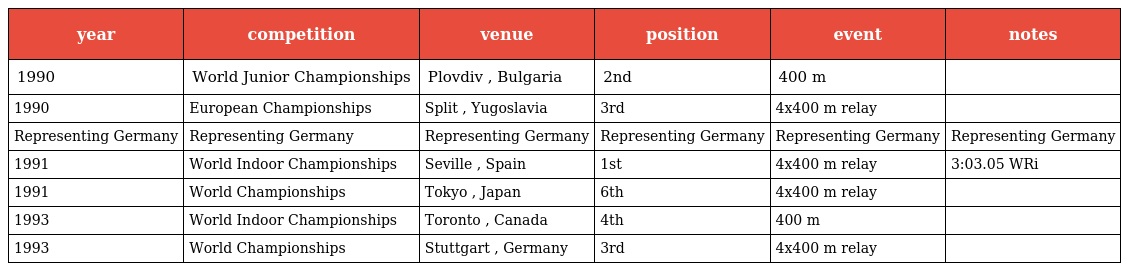
| year | competition | venue | position | event | notes |
 | --- | --- | --- | --- | --- | --- |
 | 1990 | World Junior Championships | Plovdiv , Bulgaria | 2nd | 400 m |  |
 | 1990 | European Championships | Split , Yugoslavia | 3rd | 4x400 m relay |  |
 | Representing Germany | Representing Germany | Representing Germany | Representing Germany | Representing Germany | Representing Germany |
 | 1991 | World Indoor Championships | Seville , Spain | 1st | 4x400 m relay | 3:03.05 WRi |
 | 1991 | World Championships | Tokyo , Japan | 6th | 4x400 m relay |  |
 | 1993 | World Indoor Championships | Toronto , Canada | 4th | 400 m |  |
 | 1993 | World Championships | Stuttgart , Germany | 3rd | 4x400 m relay |  |